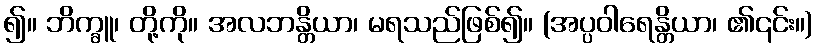
၍။ ဘိက္ခူ၊ တို့ကို။ အလဘန္တိယာ၊ မရသည်ဖြစ်၍။ (အပ္ပဝါရေန္တိယာ၊ ၏၎င်း။)